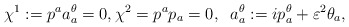
\begin{align*}\chi^1: = p^a a^{\theta}_a = 0, \chi^2 = p^a p_a = 0, \;\;a^{\theta}_a:= i p^{\theta}_a + \varepsilon^2 \theta_a,\end{align*}